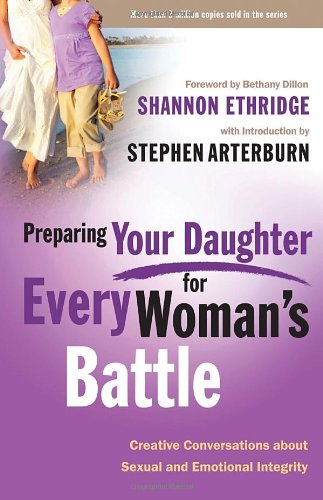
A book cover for Preparing Your Daughter for Every Woman's Battle: Creative Conversations About Sexual and Emotional Integrity (The Every Man Series); Shannon Ethridge; Parenting & Relationships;